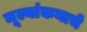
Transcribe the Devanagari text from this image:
मूल्यांकनाचे